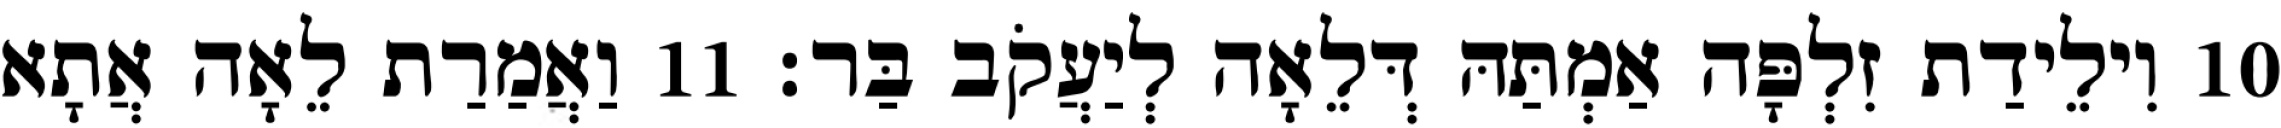
10 וִילֵידַת זִלְפָּה אַמְתַּהּ דְּלֵאָה לְיַעֲקֹב בַּר׃ 11 וַאֲמַרַת לֵאָה אֲתָא